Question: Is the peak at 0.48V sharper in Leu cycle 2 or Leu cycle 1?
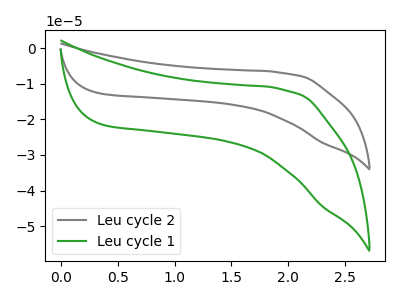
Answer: <think>The gray curve "Leu cycle 2" has no peaks. The green curve "Leu cycle 1" has no peaks.</think>
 <answer>"Leu cycle 2" and "Leu cycle 1" dont share a peak at 0.48V.</answer>
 <eval>mismatch</eval>